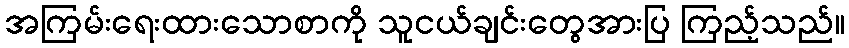
အကြမ်းရေးထားသောစာကို သူငယ်ချင်းတွေအားပြ ကြည့်သည်။